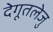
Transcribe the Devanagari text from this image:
देगूतलेजु